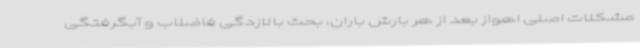
مشکلات اصلی اهواز بعد از هر بارش باران، بحث بالازدگی فاضلاب و آبگرفتگی